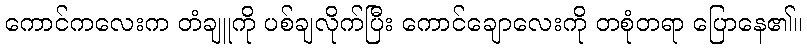
ကောင်ကလေးက တံချူကို ပစ်ချလိုက်ပြီး ကောင်ချောလေးကို တစုံတရာ ပြောနေ၏။